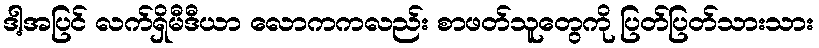
ဒါ့အပြင် လက်ရှိမီဒီယာ လောကကလည်း စာဖတ်သူတွေကို ပြတ်ပြတ်သားသား